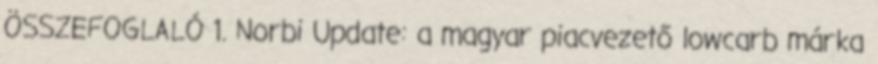
ÖSSZEFOGLALÓ 1. Norbi Update: a magyar piacvezető lowcarb márka